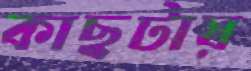
কাছটায়